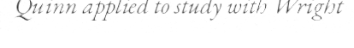
Quinn applied to study with Wright